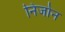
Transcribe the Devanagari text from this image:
निर्जान